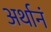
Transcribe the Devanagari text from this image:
अर्थानं